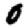
Digit: 0